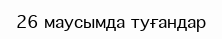
26 маусымда туғандар